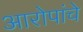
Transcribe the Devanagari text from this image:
आरोपांचे